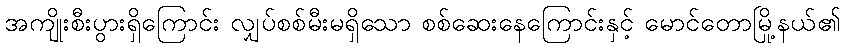
အကျိုးစီးပွားရှိကြောင်း လျှပ်စစ်မီးမရှိသော စစ်ဆေးနေကြောင်းနှင့် မောင်တောမြို့နယ်၏